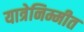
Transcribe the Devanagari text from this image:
यात्रेनिम्मीत